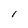
Character: l